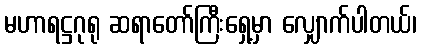
မဟာရဋ္ဌဂုရု ဆရာတော်ကြီးရှေ့မှာ လျှောက်ပါတယ်၊